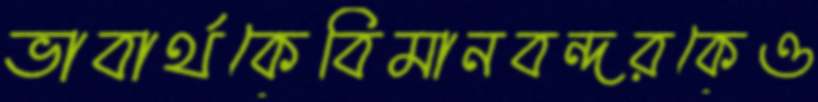
ভাবার্থকেবিমানবন্দরকেও